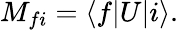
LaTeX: M_{fi}=\langle f|U|i\rangle.